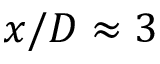
x / D \approx 3